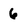
Character: 6